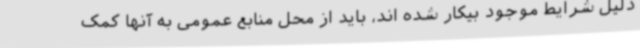
دلیل شرایط موجود بیکار شده اند، باید از محل منابع عمومی به آنها کمک